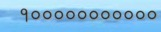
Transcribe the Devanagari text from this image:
१०००००००००००